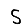
Digit: 5